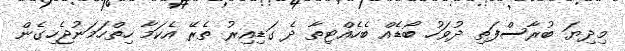
މިދިޔަ ބުރާސްފަތި ދުވަހު ބޯޑެއް ބެހެއްޓިތާ ދެ ގަޑިއިރު ތެރޭ އެކަމާ ހިތްހަމަނުޖެހިގެން